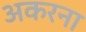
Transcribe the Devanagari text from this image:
अकरना